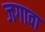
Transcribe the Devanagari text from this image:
जगावा